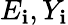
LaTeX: E_{\mathbf{i}},Y_{\mathbf{i}}